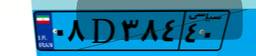
۰۸D۳۸۴۴۰